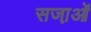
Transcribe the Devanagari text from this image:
सजा़ओं